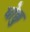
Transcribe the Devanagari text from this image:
घोछु